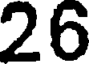
26